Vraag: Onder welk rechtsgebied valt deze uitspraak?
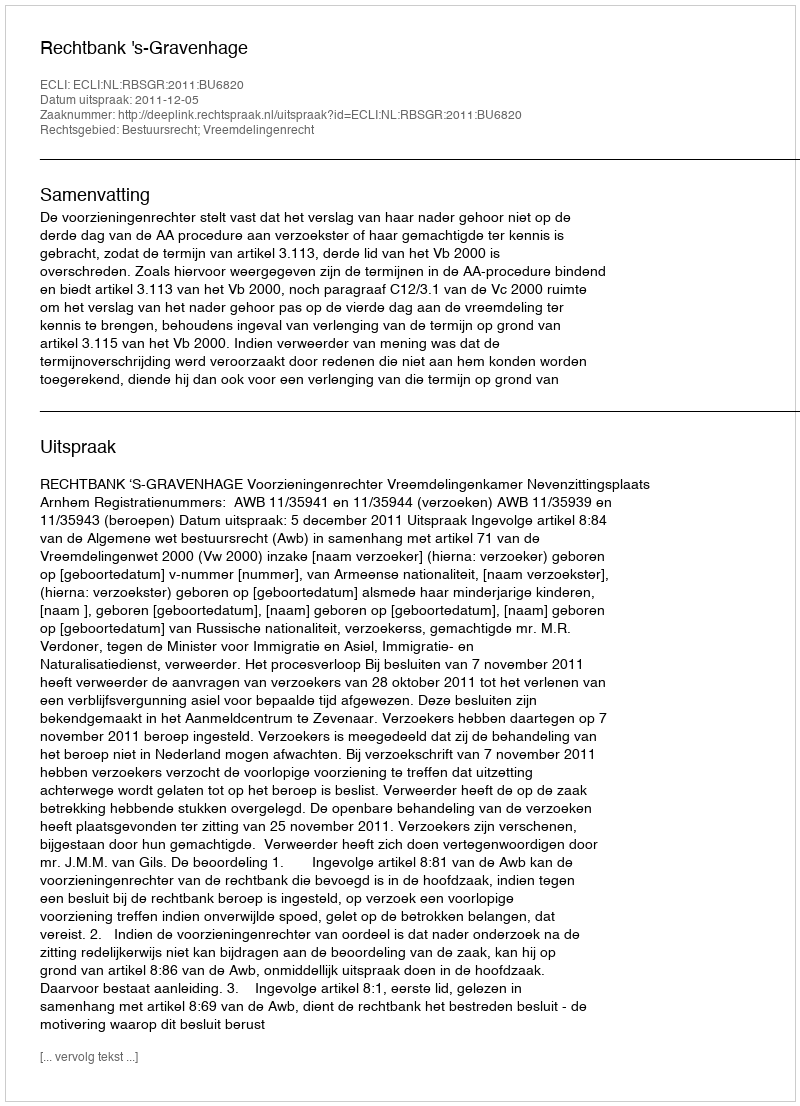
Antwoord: Bestuursrecht; Vreemdelingenrecht